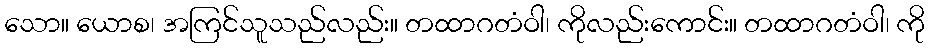
သော။ ယောစ၊ အကြင်သူသည်လည်း။ တထာဂတံဝါ၊ ကိုလည်းကောင်း။ တထာဂတံဝါ၊ ကို